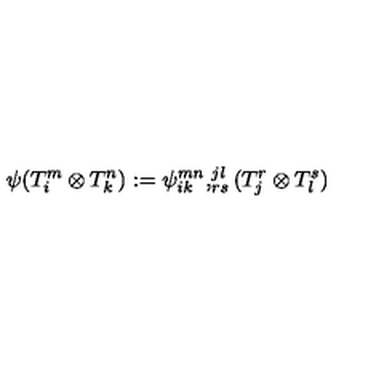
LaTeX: \psi ( T _ { i } ^ { m } \otimes T _ { k } ^ { n } ) : = \psi _ { i k } ^ { m n } , _ { r s } ^ { j l } ( T _ { j } ^ { r } \otimes T _ { l } ^ { s } )